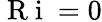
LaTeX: \mathrm{~R~i~}=0